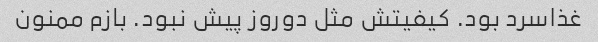
غذاسرد بود. کیفیتش مثل دوروز پیش نبود. بازم ممنون